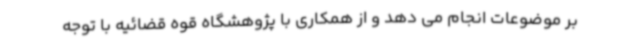
بر موضوعات انجام می دهد و از همکاری با پژوهشگاه قوه قضائیه با توجه